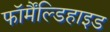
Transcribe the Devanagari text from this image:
फॉर्मैंल्डिहाइड